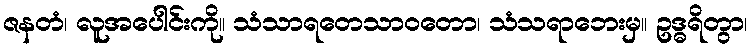
ဇနတံ၊ လူအပေါင်းကို။ သံသာရတေသာဝတော၊ သံသရာဘေးမှ။ ဥဒ္ဓရိတွာ၊